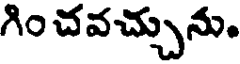
గిం చవచ్చును.